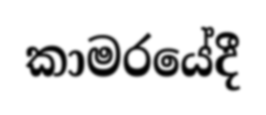
කාමරයේදී